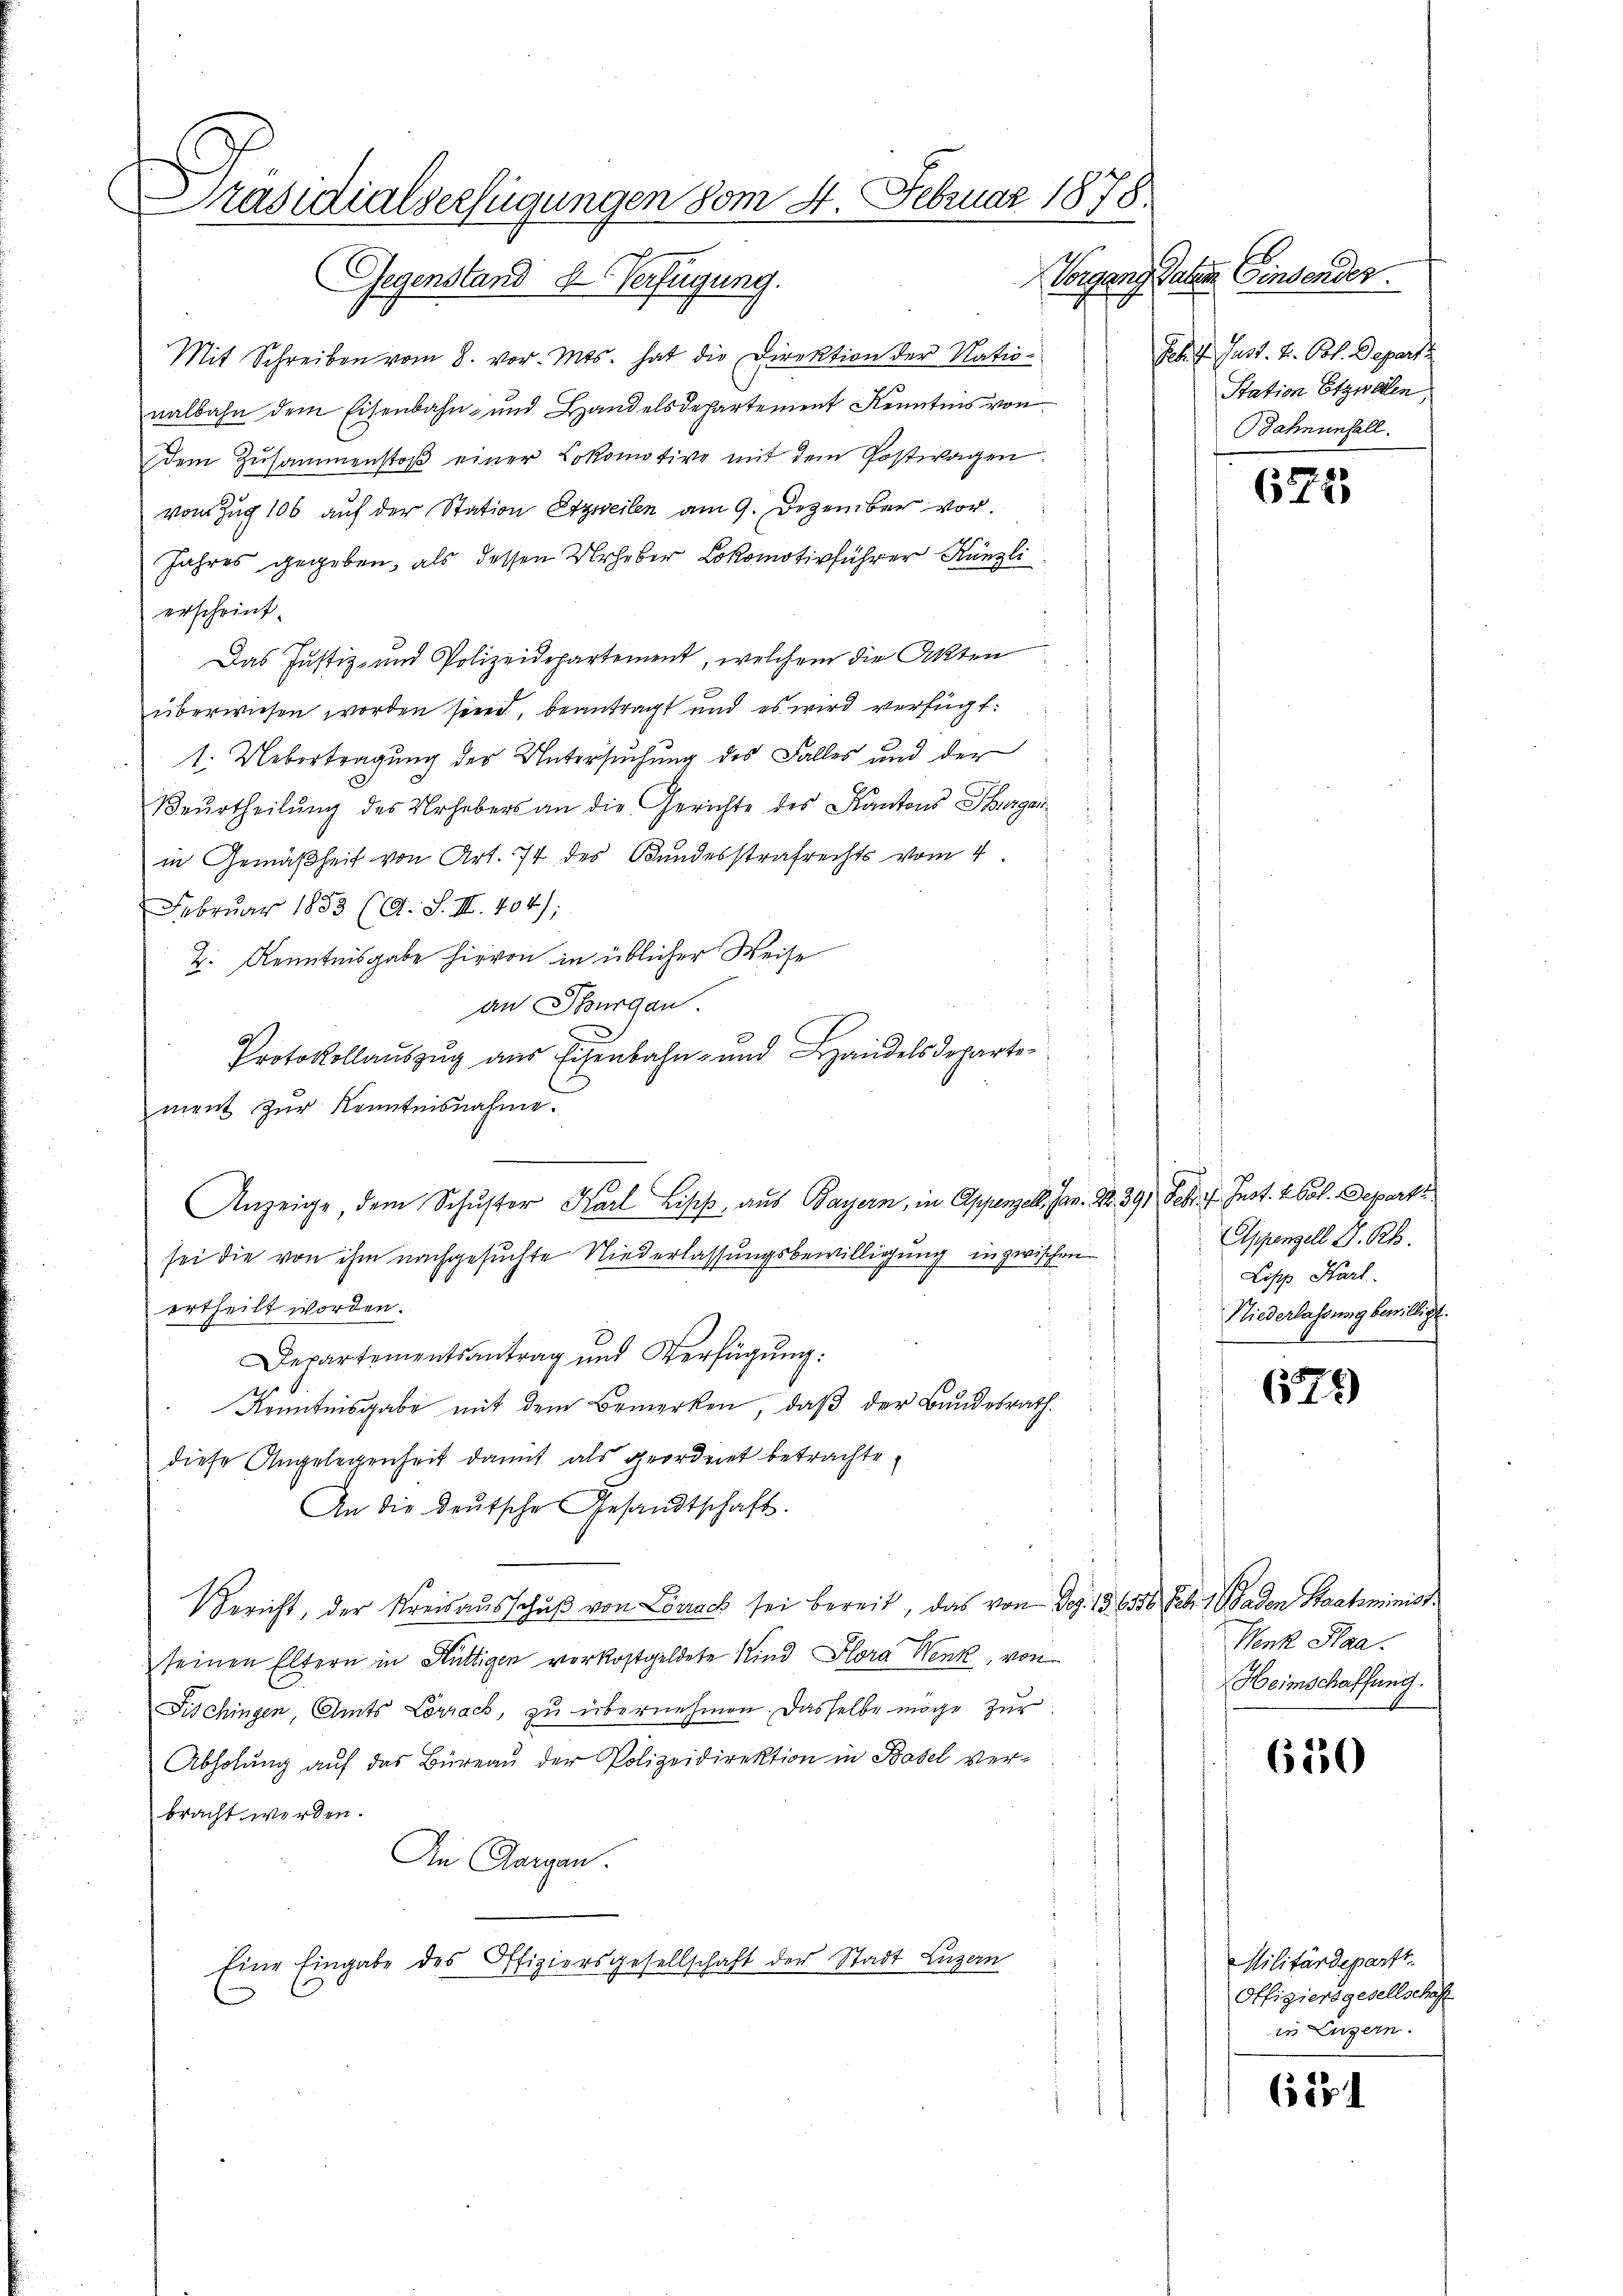
Präsidialverfügungen vom 4. Februar 1878.
Gegenstand 2 Verfügung.

Mit Schreiben vom 8. vor. Mts. hat die Direktion der Nationalbahn dem Eisenbahn- und Handelsdepartement Kenntnis von
dem Zusammenstoβ einer Lokomotive mit dem Postwagen.
vom Zug 106 auf der Station Erzweilen am 9. Dezember vor.
Jahres gegeben, als dessen Urheber Lokomotivführer Künzli
erscheint.
Das Justiz- und Polizeidepartement, welchem die Akten
überwiesen worden sind, beantragt und es wird verfügt:
t. Uebertragung der Untersuchung des Falles und der
Beŭrtheilŭng des Urhebers an die Gerichte des Kantons Thurgau
in Gemäßheit von Art. 74 des Bundesstrafrechts vom 4.
f
Februar 1853 (O. S. III. 404);
Z. Kenntnisgabe hievon in üblicher Weise
an Thurgau.
Protokollauszug aus Eisenbahn- und Handelsdeparte
ment zŭr Kenntnisnahme.
.
Anzeige, dem Schŭster Karl Lises, aus Bayern, in Appenzell. Jan. Dr. 391 Febr. 17. Inst. 4 Vol. Departz
sei die von ihm nachgesuchte Niederlassungsbewilligung in zwischen
ertheilt worden.
Departementsantrag und Verfügung:
Kenntnisgabe mit dem Bemerken, daß der Bundesrath
diese Angelegenheit damit als geordnet betrachte
An die deutsche Gesandtschaft.
Bericht, der Kreisaŭsschŭβ von Lörrack sei bereit, das von Dez. 156316. Febr. 10 Faden Staatsminist
seinen Eltern in Hüttigen vorkostgeldete Kind Flora Wenk, von
Fischingen, Amts Lörrach, zu übernehmen. Dasselbe möge zur
Abholung auf das Büreau der Polizeidirektion in Basel verbracht werden.
An Aargau.
Eine Eingabe des Offiziersgesellschaft der Stadt Luzern

Vorgang vatem Findender.
Jed. 7. Just. 2. Oct. Depart
Station Etzwalen,
Bahnunfall.

671

Appenzell 2. Rh.
Lipp Harl.
Niederlassung bewilligt.

674)

Wenk Haa.
Heimschaffung.

650

Militärdepartt.
Offiziersgesellschaff
in Luzern.

6134